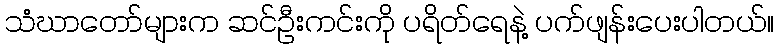
သံဃာတော်များက ဆင်ဦးကင်းကို ပရိတ်ရေနဲ့ ပက်ဖျန်းပေးပါတယ်။